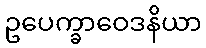
ဥပေက္ခာဝေဒနိယာ